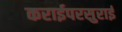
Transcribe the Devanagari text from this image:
कराईपरसुराई